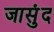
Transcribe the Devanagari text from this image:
जासुंद